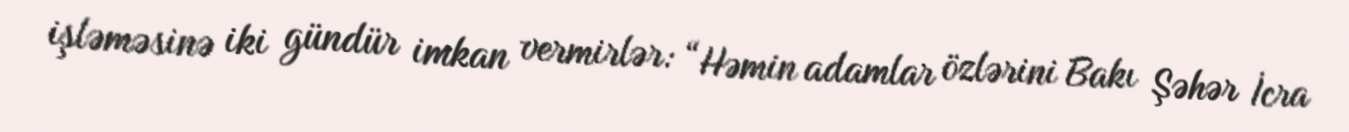
işləməsinə iki gündür imkan vermirlər: “Həmin adamlar özlərini Bakı Şəhər İcra